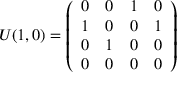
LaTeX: U ( 1 , 0 ) = \left( \begin{array} { c c c c } { { 0 } } & { { 0 } } & { { 1 } } & { { 0 } } \\ { { 1 } } & { { 0 } } & { { 0 } } & { { 1 } } \\ { { 0 } } & { { 1 } } & { { 0 } } & { { 0 } } \\ { { 0 } } & { { 0 } } & { { 0 } } & { { 0 } } \end{array} \right)